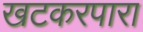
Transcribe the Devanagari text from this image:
खटकरपारा